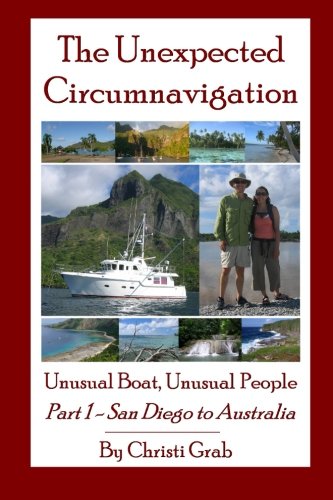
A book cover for The Unexpected Circumnavigation: Unusual Boat, Unusual People Part 1 - San Diego to Australia; Christi Grab; Travel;